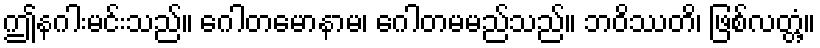
ဤနဂါးမင်းသည်။ ဂေါတမောနာမ၊ ဂေါတမမည်သည်။ ဘဝိဿတိ၊ ဖြစ်လတ္တံ့။